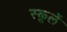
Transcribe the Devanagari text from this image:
स्कूलें